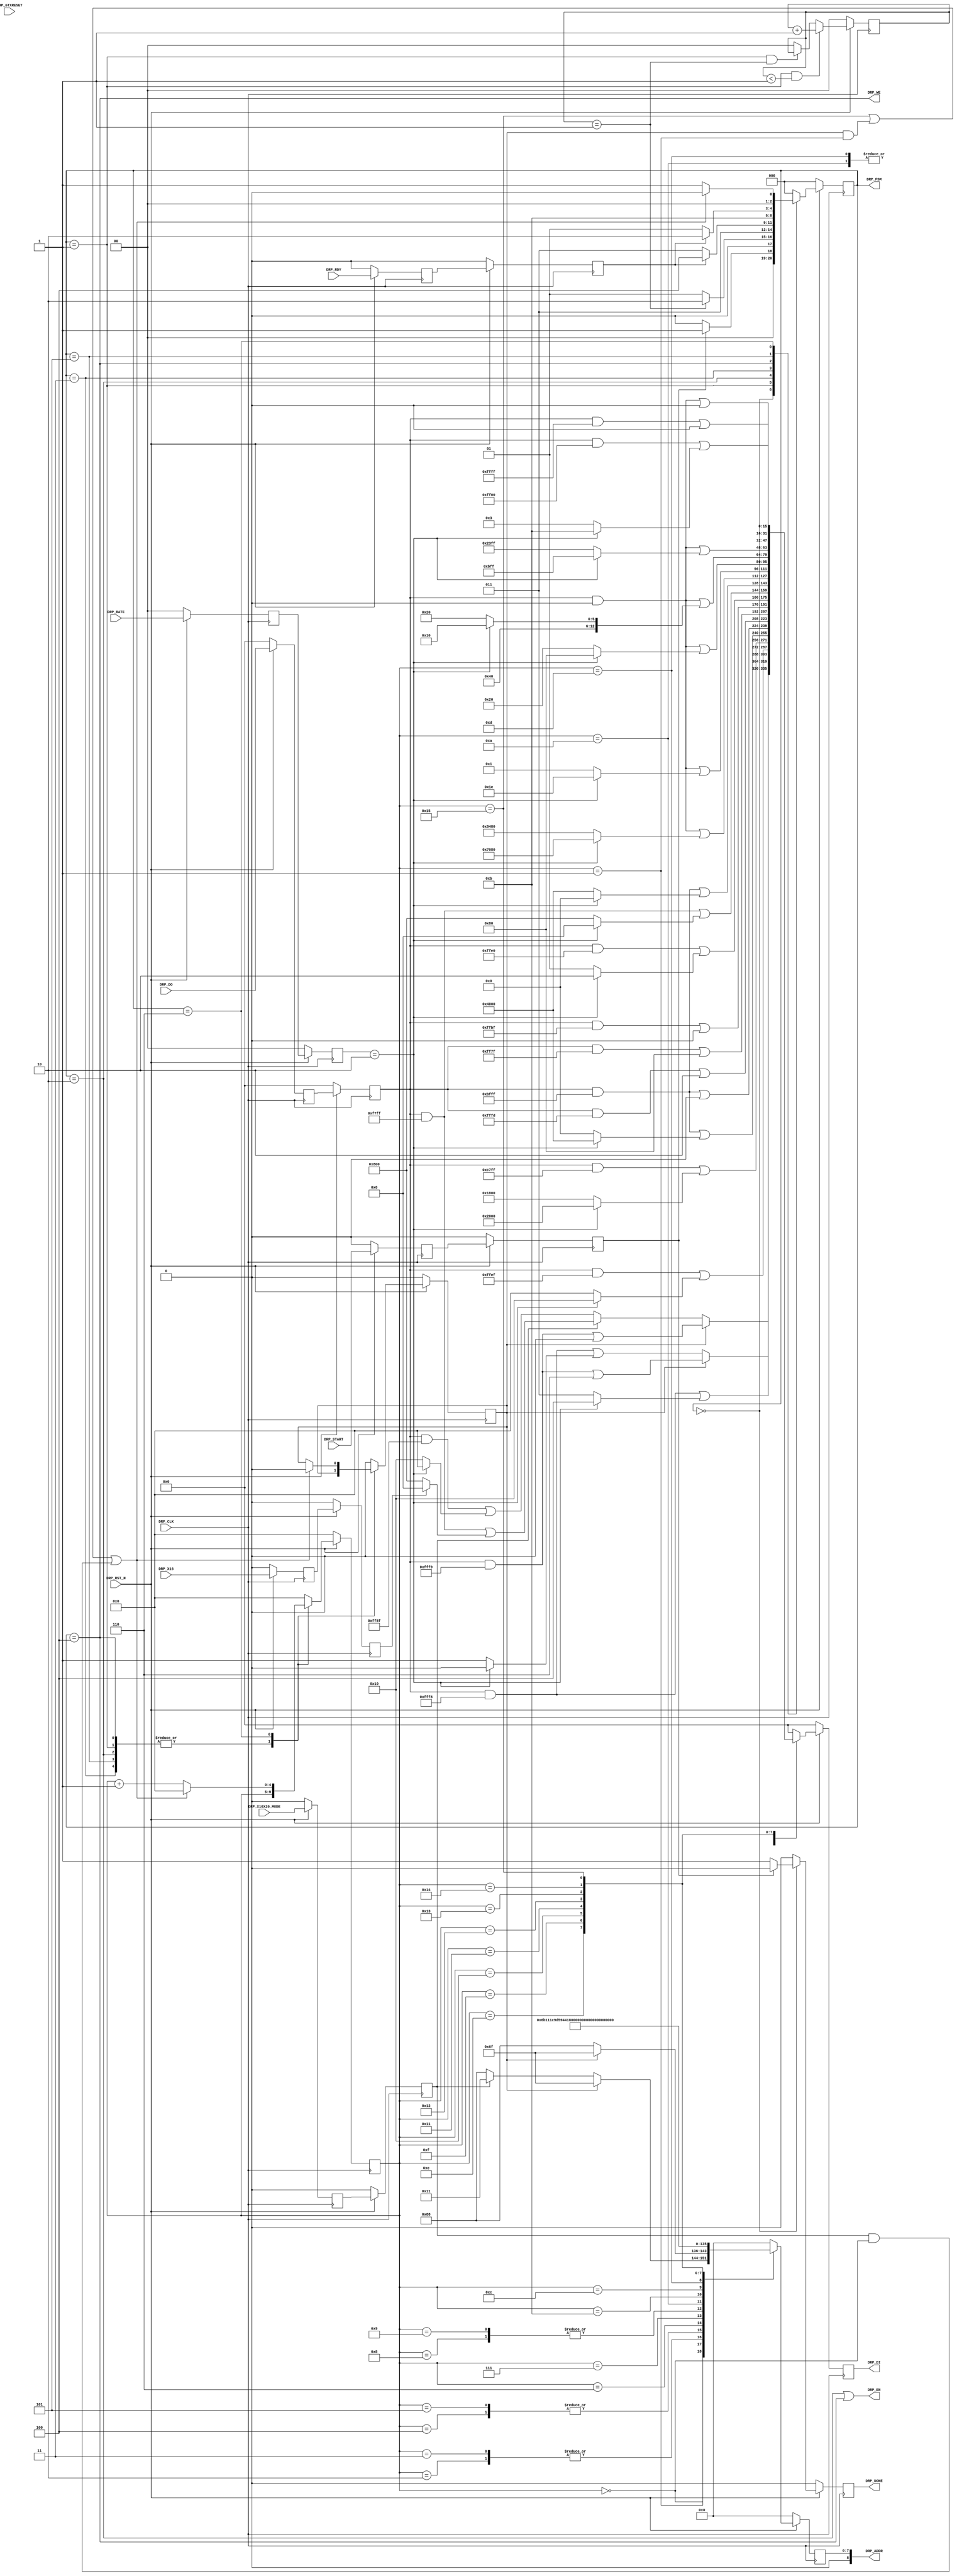
module PCIEBus_pipe_drp #
(
    parameter PCIE_GT_DEVICE       = "GTX",                                     // PCIe GT device
    parameter PCIE_USE_MODE        = "3.0",                                     // PCIe use mode
    parameter PCIE_ASYNC_EN        = "FALSE",                                   // PCIe async mode
    parameter PCIE_PLL_SEL         = "CPLL",                                    // PCIe PLL select for Gen1/Gen2 only
    parameter PCIE_AUX_CDR_GEN3_EN = "TRUE",                                    // PCIe AUX CDR Gen3 enable
    parameter PCIE_TXBUF_EN        = "FALSE",                                   // PCIe TX buffer enable for Gen1/Gen2 only
    parameter PCIE_RXBUF_EN        = "TRUE",                                    // PCIe RX buffer enable for Gen3      only
    parameter PCIE_TXSYNC_MODE     = 0,                                         // PCIe TX sync mode
    parameter PCIE_RXSYNC_MODE     = 0,                                         // PCIe RX sync mode
    parameter LOAD_CNT_MAX         = 2'd1,                                      // Load max count
    parameter INDEX_MAX            = 5'd21                                      // Index max count
)
(
    input               DRP_CLK,
    input               DRP_RST_N,
    input               DRP_GTXRESET,
    input       [ 1:0]  DRP_RATE,
    input               DRP_X16X20_MODE,
    input               DRP_X16,
    input               DRP_START,
    input       [15:0]  DRP_DO,
    input               DRP_RDY,
    output      [ 8:0]  DRP_ADDR,
    output              DRP_EN,
    output      [15:0]  DRP_DI,
    output              DRP_WE,
    output              DRP_DONE,
    output      [ 2:0]  DRP_FSM
);
(* ASYNC_REG = "TRUE", SHIFT_EXTRACT = "NO" *)    reg                 gtxreset_reg1;
(* ASYNC_REG = "TRUE", SHIFT_EXTRACT = "NO" *)    reg         [ 1:0]  rate_reg1;
(* ASYNC_REG = "TRUE", SHIFT_EXTRACT = "NO" *)    reg                 x16x20_mode_reg1;
(* ASYNC_REG = "TRUE", SHIFT_EXTRACT = "NO" *)    reg                 x16_reg1;
(* ASYNC_REG = "TRUE", SHIFT_EXTRACT = "NO" *)    reg                 start_reg1;
(* ASYNC_REG = "TRUE", SHIFT_EXTRACT = "NO" *)    reg         [15:0]  do_reg1;
(* ASYNC_REG = "TRUE", SHIFT_EXTRACT = "NO" *)    reg                 rdy_reg1;
(* ASYNC_REG = "TRUE", SHIFT_EXTRACT = "NO" *)    reg                 gtxreset_reg2;
(* ASYNC_REG = "TRUE", SHIFT_EXTRACT = "NO" *)    reg         [ 1:0]  rate_reg2;
(* ASYNC_REG = "TRUE", SHIFT_EXTRACT = "NO" *)    reg                 x16x20_mode_reg2;
(* ASYNC_REG = "TRUE", SHIFT_EXTRACT = "NO" *)    reg                 x16_reg2;
(* ASYNC_REG = "TRUE", SHIFT_EXTRACT = "NO" *)    reg                 start_reg2;
(* ASYNC_REG = "TRUE", SHIFT_EXTRACT = "NO" *)    reg         [15:0]  do_reg2;
(* ASYNC_REG = "TRUE", SHIFT_EXTRACT = "NO" *)    reg                 rdy_reg2;
    reg         [ 1:0]  load_cnt =  2'd0;
    reg         [ 4:0]  index    =  5'd0;
    reg                 mode     =  1'd0;
    reg         [ 8:0]  addr_reg =  9'd0;
    reg         [15:0]  di_reg   = 16'd0;
    reg                 done     =  1'd0;
    reg         [ 2:0]  fsm      =  0;
    //  DRP access for *RXCDR_EIDLE includes
    localparam          ADDR_PCS_RSVD_ATTR        = 9'h06F;
    localparam          ADDR_TXOUT_DIV            = 9'h088;
    localparam          ADDR_RXOUT_DIV            = 9'h088;
    localparam          ADDR_TX_DATA_WIDTH        = 9'h06B;
    localparam          ADDR_TX_INT_DATAWIDTH     = 9'h06B;
    localparam          ADDR_RX_DATA_WIDTH        = 9'h011;
    localparam          ADDR_RX_INT_DATAWIDTH     = 9'h011;
    localparam          ADDR_TXBUF_EN             = 9'h01C;
    localparam          ADDR_RXBUF_EN             = 9'h09D;
    localparam          ADDR_TX_XCLK_SEL          = 9'h059;
    localparam          ADDR_RX_XCLK_SEL          = 9'h059;
    localparam          ADDR_CLK_CORRECT_USE      = 9'h044;
    localparam          ADDR_TX_DRIVE_MODE        = 9'h019;
    localparam          ADDR_RXCDR_EIDLE          = 9'h0A7;
    localparam          ADDR_RX_DFE_LPM_EIDLE     = 9'h01E;
    localparam          ADDR_PMA_RSV_A            = 9'h099;
    localparam          ADDR_PMA_RSV_B            = 9'h09A;
    localparam          ADDR_RXCDR_CFG_A          = 9'h0A8;
    localparam          ADDR_RXCDR_CFG_B          = 9'h0A9;
    localparam          ADDR_RXCDR_CFG_C          = 9'h0AA;
    localparam          ADDR_RXCDR_CFG_D          = 9'h0AB;
    localparam          ADDR_RXCDR_CFG_E          = 9'h0AC;
    localparam          ADDR_RXCDR_CFG_F          = 9'h0AD;  // GTH only
    localparam          MASK_PCS_RSVD_ATTR        = 16'b1111111111111001;  // Unmask bit [ 2: 1]
    localparam          MASK_TXOUT_DIV            = 16'b1111111110001111;  // Unmask bit [ 6: 4]
    localparam          MASK_RXOUT_DIV            = 16'b1111111111111000;  // Unmask bit [ 2: 0]
    localparam          MASK_TX_DATA_WIDTH        = 16'b1111111111111000;  // Unmask bit [ 2: 0]
    localparam          MASK_TX_INT_DATAWIDTH     = 16'b1111111111101111;  // Unmask bit [    4]
    localparam          MASK_RX_DATA_WIDTH        = 16'b1100011111111111;  // Unmask bit [13:11]
    localparam          MASK_X16X20_RX_DATA_WIDTH = 16'b1111011111111111;  // Unmask bit [   11] // for x16 or x20 mode only
    localparam          MASK_RX_INT_DATAWIDTH     = 16'b1011111111111111;  // Unmask bit [   14]
    localparam          MASK_TXBUF_EN             = 16'b1011111111111111;  // Unmask bit [   14]
    localparam          MASK_RXBUF_EN             = 16'b1111111111111101;  // Unmask bit [    1]
    localparam          MASK_TX_XCLK_SEL          = 16'b1111111101111111;  // Unmask bit [    7]
    localparam          MASK_RX_XCLK_SEL          = 16'b1111111110111111;  // Unmask bit [    6]
    localparam          MASK_CLK_CORRECT_USE      = 16'b1011111111111111;  // Unmask bit [   14]
    localparam          MASK_TX_DRIVE_MODE        = 16'b1111111111100000;  // Unmask bit [  4:0]
    localparam          MASK_RXCDR_EIDLE          = 16'b1111011111111111;  // Unmask bit [   11]
    localparam          MASK_RX_DFE_LPM_EIDLE     = 16'b1011111111111111;  // Unmask bit [   14]
    localparam          MASK_PMA_RSV_A            = 16'b0000000000000000;  // Unmask bit [15: 0]
    localparam          MASK_PMA_RSV_B            = 16'b0000000000000000;  // Unmask bit [15: 0]
    localparam          MASK_RXCDR_CFG_A          = 16'b0000000000000000;  // Unmask bit [15: 0]
    localparam          MASK_RXCDR_CFG_B          = 16'b0000000000000000;  // Unmask bit [15: 0]
    localparam          MASK_RXCDR_CFG_C          = 16'b0000000000000000;  // Unmask bit [15: 0]
    localparam          MASK_RXCDR_CFG_D          = 16'b0000000000000000;  // Unmask bit [15: 0]
    localparam          MASK_RXCDR_CFG_E_GTX      = 16'b1111111100000000;  // Unmask bit [ 7: 0]
    localparam          MASK_RXCDR_CFG_E_GTH      = 16'b0000000000000000;  // Unmask bit [15: 0]
    localparam          MASK_RXCDR_CFG_F_GTX      = 16'b1111111111111111;  // Unmask bit [     ]
    localparam          MASK_RXCDR_CFG_F_GTH      = 16'b1111111111111000;  // Unmask bit [ 2: 0]
    localparam          GEN12_TXOUT_DIV           = (PCIE_PLL_SEL == "QPLL") ? 16'b0000000000100000 : 16'b0000000000010000;  // Divide by 4 or 2
    localparam          GEN12_RXOUT_DIV           = (PCIE_PLL_SEL == "QPLL") ? 16'b0000000000000010 : 16'b0000000000000001;  // Divide by 4 or 2
    localparam          GEN12_TX_DATA_WIDTH       = 16'b0000000000000011;  // 2-byte (16-bit) external data width
    localparam          GEN12_TX_INT_DATAWIDTH    = 16'b0000000000000000;  // 2-byte (20-bit) internal data width
    localparam          GEN12_RX_DATA_WIDTH       = 16'b0001100000000000;  // 2-byte (16-bit) external data width
    localparam          GEN12_RX_INT_DATAWIDTH    = 16'b0000000000000000;  // 2-byte (20-bit) internal data width
    localparam          GEN12_TXBUF_EN            = 16'b0100000000000000;  // Use TX buffer if PCIE_TXBUF_EN == "TRUE"
    localparam          GEN12_RXBUF_EN            = 16'b0000000000000010;  // Use RX buffer
    localparam          GEN12_TX_XCLK_SEL         = 16'b0000000000000000;  // Use TXOUT if PCIE_TXBUF_EN == "TRUE"
    localparam          GEN12_RX_XCLK_SEL         = 16'b0000000000000000;  // Use RXREC
    localparam          GEN12_CLK_CORRECT_USE     = 16'b0100000000000000;  // Use clock correction
    localparam          GEN12_TX_DRIVE_MODE       = 16'b0000000000000001;  // Use PIPE   Gen1 and Gen2 mode
    localparam          GEN12_RXCDR_EIDLE         = 16'b0000100000000000;  // Hold RXCDR during electrical idle
    localparam          GEN12_RX_DFE_LPM_EIDLE    = 16'b0100000000000000;  // Hold RX DFE or LPM during electrical idle
    localparam          GEN12_PMA_RSV_A_GTX       = 16'b1000010010000000;  // 16'h8480
    localparam          GEN12_PMA_RSV_B_GTX       = 16'b0000000000000001;  // 16'h0001
    localparam          GEN12_PMA_RSV_A_GTH       = 16'b0000000000001000;  // 16'h0008
    localparam          GEN12_PMA_RSV_B_GTH       = 16'b0000000000000000;  // 16'h0000
    localparam          GEN12_RXCDR_CFG_A_GTX     = 16'h0020;              // 16'h0020
    localparam          GEN12_RXCDR_CFG_B_GTX     = 16'h1020;              // 16'h1020
    localparam          GEN12_RXCDR_CFG_C_GTX     = 16'h23FF;              // 16'h23FF
    localparam          GEN12_RXCDR_CFG_D_GTX_S   = 16'h0000;              // 16'h0000 Sync
    localparam          GEN12_RXCDR_CFG_D_GTX_A   = 16'h8000;              // 16'h8000 Async
    localparam          GEN12_RXCDR_CFG_E_GTX     = 16'h0003;              // 16'h0003
    localparam          GEN12_RXCDR_CFG_F_GTX     = 16'h0000;              // 16'h0000
    localparam          GEN12_RXCDR_CFG_A_GTH_S   = 16'h0018;              // 16'h0018 Sync
    localparam          GEN12_RXCDR_CFG_A_GTH_A   = 16'h8018;              // 16'h8018 Async
    localparam          GEN12_RXCDR_CFG_B_GTH     = 16'hC208;              // 16'hC208
    localparam          GEN12_RXCDR_CFG_C_GTH     = 16'h2000;              // 16'h2000
    localparam          GEN12_RXCDR_CFG_D_GTH     = 16'h07FE;              // 16'h07FE
    localparam          GEN12_RXCDR_CFG_E_GTH     = 16'h0020;              // 16'h0020
    localparam          GEN12_RXCDR_CFG_F_GTH     = 16'h0000;              // 16'h0000
    localparam          GEN3_TXOUT_DIV            = 16'b0000000000000000;  // Divide by 1
    localparam          GEN3_RXOUT_DIV            = 16'b0000000000000000;  // Divide by 1
    localparam          GEN3_TX_DATA_WIDTH        = 16'b0000000000000100;  // 4-byte (32-bit) external data width
    localparam          GEN3_TX_INT_DATAWIDTH     = 16'b0000000000010000;  // 4-byte (32-bit) internal data width
    localparam          GEN3_RX_DATA_WIDTH        = 16'b0010000000000000;  // 4-byte (32-bit) external data width
    localparam          GEN3_RX_INT_DATAWIDTH     = 16'b0100000000000000;  // 4-byte (32-bit) internal data width
    localparam          GEN3_TXBUF_EN             = 16'b0000000000000000;  // Bypass TX buffer
    localparam          GEN3_RXBUF_EN             = 16'b0000000000000000;  // Bypass RX buffer
    localparam          GEN3_TX_XCLK_SEL          = 16'b0000000010000000;  // Use TXUSR
    localparam          GEN3_RX_XCLK_SEL          = 16'b0000000001000000;  // Use RXUSR
    localparam          GEN3_CLK_CORRECT_USE      = 16'b0000000000000000;  // Bypass clock correction
    localparam          GEN3_TX_DRIVE_MODE        = 16'b0000000000000010;  // Use PIPE Gen3 mode
    localparam          GEN3_RXCDR_EIDLE          = 16'b0000000000000000;  // Disable Hold RXCDR during electrical idle
    localparam          GEN3_RX_DFE_LPM_EIDLE     = 16'b0000000000000000;  // Disable RX DFE or LPM during electrical idle
    localparam          GEN3_PMA_RSV_A_GTX        = 16'b0111000010000000;  // 16'h7080
    localparam          GEN3_PMA_RSV_B_GTX        = 16'b0000000000011110;  // 16'h001E
    localparam          GEN3_PMA_RSV_A_GTH        = 16'b0000000000001000;  // 16'h0008
    localparam          GEN3_PMA_RSV_B_GTH        = 16'b0000000000000000;  // 16'h0000
    localparam          GEN3_RXCDR_CFG_A_GTX      = 16'h0080;              // 16'h0080
    localparam          GEN3_RXCDR_CFG_B_GTX      = 16'h1010;              // 16'h1010
    localparam          GEN3_RXCDR_CFG_C_GTX      = 16'h0BFF;              // 16'h0BFF
    localparam          GEN3_RXCDR_CFG_D_GTX_S    = 16'h0000;              // 16'h0000 Sync
    localparam          GEN3_RXCDR_CFG_D_GTX_A    = 16'h8000;              // 16'h8000 Async
    localparam          GEN3_RXCDR_CFG_E_GTX      = 16'h000B;              // 16'h000B
    localparam          GEN3_RXCDR_CFG_F_GTX      = 16'h0000;              // 16'h0000
  //localparam          GEN3_RXCDR_CFG_A_GTH_S    = 16'h0018;              // 16'h0018 Sync
  //localparam          GEN3_RXCDR_CFG_A_GTH_A    = 16'h8018;              // 16'h8018 Async
  //localparam          GEN3_RXCDR_CFG_B_GTH      = 16'hC208;              // 16'hC848
  //localparam          GEN3_RXCDR_CFG_C_GTH      = 16'h2000;              // 16'h1000
  //localparam          GEN3_RXCDR_CFG_D_GTH      = 16'h07FE;              // 16'h07FE v1.0 silicon
  //localparam          GEN3_RXCDR_CFG_D_GTH_AUX  = 16'h0FFE;              // 16'h07FE v2.0 silicon, [62:59] AUX CDR configuration
  //localparam          GEN3_RXCDR_CFG_E_GTH      = 16'h0020;              // 16'h0010
  //localparam          GEN3_RXCDR_CFG_F_GTH      = 16'h0000;              // 16'h0000 v1.0 silicon
  //localparam          GEN3_RXCDR_CFG_F_GTH_AUX  = 16'h0002;              // 16'h0000 v2.0 silicon, [81] AUX CDR enable
    localparam          GEN3_RXCDR_CFG_A_GTH_S    = 16'h0018;              // 16'h0018 Sync
    localparam          GEN3_RXCDR_CFG_A_GTH_A    = 16'h8018;              // 16'h8018 Async
    localparam          GEN3_RXCDR_CFG_B_GTH      = 16'hC848;              // 16'hC848
    localparam          GEN3_RXCDR_CFG_C_GTH      = 16'h1000;              // 16'h1000
    localparam          GEN3_RXCDR_CFG_D_GTH      = 16'h07FE;              // 16'h07FE v1.0 silicon
    localparam          GEN3_RXCDR_CFG_D_GTH_AUX  = 16'h0FFE;              // 16'h07FE v2.0 silicon, [62:59] AUX CDR configuration
    localparam          GEN3_RXCDR_CFG_E_GTH      = 16'h0010;              // 16'h0010
    localparam          GEN3_RXCDR_CFG_F_GTH      = 16'h0000;              // 16'h0000 v1.0 silicon
    localparam          GEN3_RXCDR_CFG_F_GTH_AUX  = 16'h0002;              // 16'h0000 v2.0 silicon, [81] AUX CDR enable
    localparam          GEN123_PCS_RSVD_ATTR_A    = 16'b0000000000000000;  // Auto TX and RX sync mode
    localparam          GEN123_PCS_RSVD_ATTR_M_TX = 16'b0000000000000010;  // Manual TX sync mode
    localparam          GEN123_PCS_RSVD_ATTR_M_RX = 16'b0000000000000100;  // Manual RX sync mode
    localparam          X16_RX_DATAWIDTH   = 16'b0000000000000000;  // 2-byte (16-bit) internal data width
    localparam          X20_RX_DATAWIDTH   = 16'b0000100000000000;  // 2-byte (20-bit) internal data width
    wire        [15:0]  data_txout_div;
    wire        [15:0]  data_rxout_div;
    wire        [15:0]  data_tx_data_width;
    wire        [15:0]  data_tx_int_datawidth;
    wire        [15:0]  data_rx_data_width;
    wire        [15:0]  data_rx_int_datawidth;
    wire        [15:0]  data_txbuf_en;
    wire        [15:0]  data_rxbuf_en;
    wire        [15:0]  data_tx_xclk_sel;
    wire        [15:0]  data_rx_xclk_sel;
    wire        [15:0]  data_clk_correction_use;
    wire        [15:0]  data_tx_drive_mode;
    wire        [15:0]  data_rxcdr_eidle;
    wire        [15:0]  data_rx_dfe_lpm_eidle;
    wire        [15:0]  data_pma_rsv_a;
    wire        [15:0]  data_pma_rsv_b;
    wire        [15:0]  data_rxcdr_cfg_a;
    wire        [15:0]  data_rxcdr_cfg_b;
    wire        [15:0]  data_rxcdr_cfg_c;
    wire        [15:0]  data_rxcdr_cfg_d;
    wire        [15:0]  data_rxcdr_cfg_e;
    wire        [15:0]  data_rxcdr_cfg_f;
    wire        [15:0]  data_pcs_rsvd_attr_a;
    wire        [15:0]  data_pcs_rsvd_attr_m_tx;
    wire        [15:0]  data_pcs_rsvd_attr_m_rx;
    wire        [15:0]  data_pcs_rsvd_attr_m;
    wire        [15:0]  data_x16x20_rx_datawidth;
    localparam          FSM_IDLE  = 0;
    localparam          FSM_LOAD  = 1;
    localparam          FSM_READ  = 2;
    localparam          FSM_RRDY  = 3;
    localparam          FSM_WRITE = 4;
    localparam          FSM_WRDY  = 5;
    localparam          FSM_DONE  = 6;
always @ (posedge DRP_CLK)
begin
    if (!DRP_RST_N)
        begin
        gtxreset_reg1    <=  1'd0;
        rate_reg1        <=  2'd0;
        x16x20_mode_reg1 <=  1'd0;
        x16_reg1         <=  1'd0;
        do_reg1          <= 16'd0;
        rdy_reg1         <=  1'd0;
        start_reg1       <=  1'd0;
        gtxreset_reg2    <=  1'd0;
        rate_reg2        <=  2'd0;
        x16x20_mode_reg2 <=  1'd0;
        x16_reg2         <=  1'd0;
        do_reg2          <= 16'd0;
        rdy_reg2         <=  1'd0;
        start_reg2       <=  1'd0;
        end
    else
        begin
        gtxreset_reg1    <= DRP_GTXRESET;
        rate_reg1        <= DRP_RATE;
        x16x20_mode_reg1 <= DRP_X16X20_MODE;
        x16_reg1         <= DRP_X16;
        do_reg1          <= DRP_DO;
        rdy_reg1         <= DRP_RDY;
        start_reg1       <= DRP_START;
        gtxreset_reg2    <= gtxreset_reg1;
        rate_reg2        <= rate_reg1;
        x16x20_mode_reg2 <= x16x20_mode_reg1;
        x16_reg2         <= x16_reg1;
        do_reg2          <= do_reg1;
        rdy_reg2         <= rdy_reg1;
        start_reg2       <= start_reg1;
        end
end
assign data_txout_div          =  (rate_reg2 == 2'd2)                                ? GEN3_TXOUT_DIV        : GEN12_TXOUT_DIV;
assign data_rxout_div          =  (rate_reg2 == 2'd2)                                ? GEN3_RXOUT_DIV        : GEN12_RXOUT_DIV;
assign data_tx_data_width      =  (rate_reg2 == 2'd2)                                ? GEN3_TX_DATA_WIDTH    : GEN12_TX_DATA_WIDTH;
assign data_tx_int_datawidth   =  (rate_reg2 == 2'd2)                                ? GEN3_TX_INT_DATAWIDTH : GEN12_TX_INT_DATAWIDTH;
assign data_rx_data_width      =  (rate_reg2 == 2'd2)                                ? GEN3_RX_DATA_WIDTH    : GEN12_RX_DATA_WIDTH;
assign data_rx_int_datawidth   =  (rate_reg2 == 2'd2)                                ? GEN3_RX_INT_DATAWIDTH : GEN12_RX_INT_DATAWIDTH;
assign data_txbuf_en           = ((rate_reg2 == 2'd2) || (PCIE_TXBUF_EN == "FALSE")) ? GEN3_TXBUF_EN         : GEN12_TXBUF_EN;
assign data_rxbuf_en           = ((rate_reg2 == 2'd2) && (PCIE_RXBUF_EN == "FALSE")) ? GEN3_RXBUF_EN         : GEN12_RXBUF_EN;
assign data_tx_xclk_sel        = ((rate_reg2 == 2'd2) || (PCIE_TXBUF_EN == "FALSE")) ? GEN3_TX_XCLK_SEL      : GEN12_TX_XCLK_SEL;
assign data_rx_xclk_sel        = ((rate_reg2 == 2'd2) && (PCIE_RXBUF_EN == "FALSE")) ? GEN3_RX_XCLK_SEL      : GEN12_RX_XCLK_SEL;
assign data_clk_correction_use =  (rate_reg2 == 2'd2)                                ? GEN3_CLK_CORRECT_USE  : GEN12_CLK_CORRECT_USE;
assign data_tx_drive_mode      =  (rate_reg2 == 2'd2)                                ? GEN3_TX_DRIVE_MODE    : GEN12_TX_DRIVE_MODE;
assign data_rxcdr_eidle        =  (rate_reg2 == 2'd2)                                ? GEN3_RXCDR_EIDLE      : GEN12_RXCDR_EIDLE;
assign data_rx_dfe_lpm_eidle   =  (rate_reg2 == 2'd2)                                ? GEN3_RX_DFE_LPM_EIDLE : GEN12_RX_DFE_LPM_EIDLE;
assign data_pma_rsv_a          =  (rate_reg2 == 2'd2)                                ? ((PCIE_GT_DEVICE == "GTH") ? GEN3_PMA_RSV_A_GTH  : GEN3_PMA_RSV_A_GTX) :
                                                                                       ((PCIE_GT_DEVICE == "GTH") ? GEN12_PMA_RSV_A_GTH : GEN12_PMA_RSV_A_GTX);
assign data_pma_rsv_b          =  (rate_reg2 == 2'd2)                                ? ((PCIE_GT_DEVICE == "GTH") ? GEN3_PMA_RSV_B_GTH  : GEN3_PMA_RSV_B_GTX) :
                                                                                       ((PCIE_GT_DEVICE == "GTH") ? GEN12_PMA_RSV_B_GTH : GEN12_PMA_RSV_B_GTX);
assign data_rxcdr_cfg_a = (rate_reg2 == 2'd2) ? ((PCIE_GT_DEVICE == "GTH") ? ((PCIE_ASYNC_EN == "TRUE") ? GEN3_RXCDR_CFG_A_GTH_A  : GEN3_RXCDR_CFG_A_GTH_S)  : GEN3_RXCDR_CFG_A_GTX) :
                                                ((PCIE_GT_DEVICE == "GTH") ? ((PCIE_ASYNC_EN == "TRUE") ? GEN12_RXCDR_CFG_A_GTH_A : GEN12_RXCDR_CFG_A_GTH_S) : GEN12_RXCDR_CFG_A_GTX);
assign data_rxcdr_cfg_b = (rate_reg2 == 2'd2) ? ((PCIE_GT_DEVICE == "GTH") ?  GEN3_RXCDR_CFG_B_GTH  : GEN3_RXCDR_CFG_B_GTX) :
                                                ((PCIE_GT_DEVICE == "GTH") ?  GEN12_RXCDR_CFG_B_GTH : GEN12_RXCDR_CFG_B_GTX);
assign data_rxcdr_cfg_c = (rate_reg2 == 2'd2) ? ((PCIE_GT_DEVICE == "GTH") ?  GEN3_RXCDR_CFG_C_GTH  : GEN3_RXCDR_CFG_C_GTX) :
                                                ((PCIE_GT_DEVICE == "GTH") ?  GEN12_RXCDR_CFG_C_GTH : GEN12_RXCDR_CFG_C_GTX);
assign data_rxcdr_cfg_d = (rate_reg2 == 2'd2) ? ((PCIE_GT_DEVICE == "GTH") ?  ((PCIE_AUX_CDR_GEN3_EN == "TRUE") ? GEN3_RXCDR_CFG_D_GTH_AUX : GEN3_RXCDR_CFG_D_GTH) : ((PCIE_ASYNC_EN == "TRUE") ? GEN3_RXCDR_CFG_D_GTX_A : GEN3_RXCDR_CFG_D_GTX_S)) :
                                                ((PCIE_GT_DEVICE == "GTH") ?  GEN12_RXCDR_CFG_D_GTH : ((PCIE_ASYNC_EN == "TRUE") ? GEN3_RXCDR_CFG_D_GTX_A : GEN3_RXCDR_CFG_D_GTX_S));
assign data_rxcdr_cfg_e = (rate_reg2 == 2'd2) ? ((PCIE_GT_DEVICE == "GTH") ?  GEN3_RXCDR_CFG_E_GTH  : GEN3_RXCDR_CFG_E_GTX) :
                                                ((PCIE_GT_DEVICE == "GTH") ?  GEN12_RXCDR_CFG_E_GTH : GEN12_RXCDR_CFG_E_GTX);
assign data_rxcdr_cfg_f = (rate_reg2 == 2'd2) ? ((PCIE_GT_DEVICE == "GTH") ?  ((PCIE_AUX_CDR_GEN3_EN == "TRUE") ? GEN3_RXCDR_CFG_F_GTH_AUX : GEN3_RXCDR_CFG_F_GTH) : GEN3_RXCDR_CFG_F_GTX) :
                                                ((PCIE_GT_DEVICE == "GTH") ?  GEN12_RXCDR_CFG_F_GTH : GEN12_RXCDR_CFG_F_GTX);
assign data_pcs_rsvd_attr_a    = GEN123_PCS_RSVD_ATTR_A;
assign data_pcs_rsvd_attr_m_tx = PCIE_TXSYNC_MODE ? GEN123_PCS_RSVD_ATTR_A : GEN123_PCS_RSVD_ATTR_M_TX;
assign data_pcs_rsvd_attr_m_rx = PCIE_RXSYNC_MODE ? GEN123_PCS_RSVD_ATTR_A : GEN123_PCS_RSVD_ATTR_M_RX;
assign data_pcs_rsvd_attr_m    = data_pcs_rsvd_attr_m_tx | data_pcs_rsvd_attr_m_rx;
assign data_x16x20_rx_datawidth = x16_reg2 ? X16_RX_DATAWIDTH : X20_RX_DATAWIDTH;
always @ (posedge DRP_CLK)
begin
    if (!DRP_RST_N)
        load_cnt <= 2'd0;
    else
        if ((fsm == FSM_LOAD) && (load_cnt < LOAD_CNT_MAX))
            load_cnt <= load_cnt + 2'd1;
        else if ((fsm == FSM_LOAD) && (load_cnt == LOAD_CNT_MAX))
            load_cnt <= load_cnt;
        else
            load_cnt <= 2'd0;
end
always @ (posedge DRP_CLK)
begin
    if (!DRP_RST_N)
        begin
        addr_reg <=  9'd0;
        di_reg   <= 16'd0;
        end
    else
        begin
        case (index)
        5'd0:
            begin
            addr_reg <= mode             ? ADDR_PCS_RSVD_ATTR :
                        x16x20_mode_reg2 ? ADDR_RX_DATA_WIDTH : ADDR_TXOUT_DIV;
            di_reg   <= mode             ? ((do_reg2 & MASK_PCS_RSVD_ATTR)        | data_pcs_rsvd_attr_a) :
                        x16x20_mode_reg2 ? ((do_reg2 & MASK_X16X20_RX_DATA_WIDTH) | data_x16x20_rx_datawidth) :
                                           ((do_reg2 & MASK_TXOUT_DIV)            | data_txout_div);
            end
        5'd1:
            begin
            addr_reg <= mode ? ADDR_PCS_RSVD_ATTR : ADDR_RXOUT_DIV;
            di_reg   <= mode ? ((do_reg2 & MASK_PCS_RSVD_ATTR)  | data_pcs_rsvd_attr_m) :
                               ((do_reg2 & MASK_RXOUT_DIV)      | data_rxout_div);
            end
        5'd2 :
            begin
            addr_reg <= ADDR_TX_DATA_WIDTH;
            di_reg   <= (do_reg2 & MASK_TX_DATA_WIDTH) | data_tx_data_width;
            end
        5'd3 :
            begin
            addr_reg <= ADDR_TX_INT_DATAWIDTH;
            di_reg   <= (do_reg2 & MASK_TX_INT_DATAWIDTH) | data_tx_int_datawidth;
            end
        5'd4 :
            begin
            addr_reg <= ADDR_RX_DATA_WIDTH;
            di_reg   <= (do_reg2 & MASK_RX_DATA_WIDTH) | data_rx_data_width;
            end
        5'd5 :
            begin
            addr_reg <= ADDR_RX_INT_DATAWIDTH;
            di_reg   <= (do_reg2 & MASK_RX_INT_DATAWIDTH) | data_rx_int_datawidth;
            end
        5'd6 :
            begin
            addr_reg <= ADDR_TXBUF_EN;
            di_reg   <= (do_reg2 & MASK_TXBUF_EN) | data_txbuf_en;
            end
        5'd7 :
            begin
            addr_reg <= ADDR_RXBUF_EN;
            di_reg   <= (do_reg2 & MASK_RXBUF_EN) | data_rxbuf_en;
            end
        5'd8 :
            begin
            addr_reg <= ADDR_TX_XCLK_SEL;
            di_reg   <= (do_reg2 & MASK_TX_XCLK_SEL) | data_tx_xclk_sel;
            end
        5'd9 :
            begin
            addr_reg <= ADDR_RX_XCLK_SEL;
            di_reg   <= (do_reg2 & MASK_RX_XCLK_SEL) | data_rx_xclk_sel;
            end
        5'd10 :
            begin
            addr_reg <= ADDR_CLK_CORRECT_USE;
            di_reg   <= (do_reg2 & MASK_CLK_CORRECT_USE) | data_clk_correction_use;
            end
        5'd11 :
            begin
            addr_reg <= ADDR_TX_DRIVE_MODE;
            di_reg   <= (do_reg2 & MASK_TX_DRIVE_MODE) | data_tx_drive_mode;
            end
        5'd12 :
            begin
            addr_reg <= ADDR_RXCDR_EIDLE;
            di_reg   <= (do_reg2 & MASK_RXCDR_EIDLE) | data_rxcdr_eidle;
            end
        5'd13 :
            begin
            addr_reg <= ADDR_RX_DFE_LPM_EIDLE;
            di_reg   <= (do_reg2 & MASK_RX_DFE_LPM_EIDLE) | data_rx_dfe_lpm_eidle;
            end
        5'd14 :
            begin
            addr_reg <= ADDR_PMA_RSV_A;
            di_reg   <= (do_reg2 & MASK_PMA_RSV_A) | data_pma_rsv_a;
            end
        5'd15 :
            begin
            addr_reg <= ADDR_PMA_RSV_B;
            di_reg   <= (do_reg2 & MASK_PMA_RSV_B) | data_pma_rsv_b;
            end
        5'd16 :
            begin
            addr_reg <= ADDR_RXCDR_CFG_A;
            di_reg   <= (do_reg2 & MASK_RXCDR_CFG_A) | data_rxcdr_cfg_a;
            end
        5'd17 :
            begin
            addr_reg <= ADDR_RXCDR_CFG_B;
            di_reg   <= (do_reg2 & MASK_RXCDR_CFG_B) | data_rxcdr_cfg_b;
            end
        5'd18 :
            begin
            addr_reg <= ADDR_RXCDR_CFG_C;
            di_reg   <= (do_reg2 & MASK_RXCDR_CFG_C) | data_rxcdr_cfg_c;
            end
        5'd19 :
            begin
            addr_reg <= ADDR_RXCDR_CFG_D;
            di_reg   <= (do_reg2 & MASK_RXCDR_CFG_D) | data_rxcdr_cfg_d;
            end
        5'd20 :
            begin
            addr_reg <= ADDR_RXCDR_CFG_E;
            di_reg   <= (do_reg2 & ((PCIE_GT_DEVICE == "GTH") ? MASK_RXCDR_CFG_E_GTH : MASK_RXCDR_CFG_E_GTX)) | data_rxcdr_cfg_e;
            end
        5'd21 :
            begin
            addr_reg <= ADDR_RXCDR_CFG_F;
            di_reg   <= (do_reg2 & ((PCIE_GT_DEVICE == "GTH") ? MASK_RXCDR_CFG_F_GTH : MASK_RXCDR_CFG_F_GTX)) | data_rxcdr_cfg_f;
            end
        default :
            begin
            addr_reg <=  9'd0;
            di_reg   <= 16'd0;
            end
        endcase
        end
end
always @ (posedge DRP_CLK)
begin
    if (!DRP_RST_N)
        begin
        fsm   <= FSM_IDLE;
        index <= 5'd0;
        mode  <= 1'd0;
        done  <= 1'd0;
        end
    else
        begin
        case (fsm)
        FSM_IDLE :
            begin
            if (start_reg2)
                begin
                fsm   <= FSM_LOAD;
                index <= 5'd0;
                mode  <= 1'd0;
                done  <= 1'd0;
                end
            else if ((gtxreset_reg2 && !gtxreset_reg1) && ((PCIE_TXSYNC_MODE == 0) || (PCIE_RXSYNC_MODE == 0)) && (PCIE_USE_MODE == "1.0"))
                begin
                fsm   <= FSM_LOAD;
                index <= 5'd0;
                mode  <= 1'd1;
                done  <= 1'd0;
                end
            else
                begin
                fsm   <= FSM_IDLE;
                index <= 5'd0;
                mode  <= 1'd0;
                done  <= 1'd1;
                end
            end
        FSM_LOAD :
            begin
            fsm   <= (load_cnt == LOAD_CNT_MAX) ? FSM_READ : FSM_LOAD;
            index <= index;
            mode  <= mode;
            done  <= 1'd0;
            end
        FSM_READ :
            begin
            fsm   <= FSM_RRDY;
            index <= index;
            mode  <= mode;
            done  <= 1'd0;
            end
        FSM_RRDY :
            begin
            fsm   <= rdy_reg2 ? FSM_WRITE : FSM_RRDY;
            index <= index;
            mode  <= mode;
            done  <= 1'd0;
            end
        FSM_WRITE :
            begin
            fsm   <= FSM_WRDY;
            index <= index;
            mode  <= mode;
            done  <= 1'd0;
            end
        FSM_WRDY :
            begin
            fsm   <= rdy_reg2 ? FSM_DONE : FSM_WRDY;
            index <= index;
            mode  <= mode;
            done  <= 1'd0;
            end
        FSM_DONE :
            begin
            if ((index == INDEX_MAX) || (mode && (index == 5'd1)) || (x16x20_mode_reg2 && (index == 5'd0)))
                begin
                fsm   <= FSM_IDLE;
                index <= 5'd0;
                mode  <= 1'd0;
                done  <= 1'd0;
                end
            else
                begin
                fsm   <= FSM_LOAD;
                index <= index + 5'd1;
                mode  <= mode;
                done  <= 1'd0;
                end
            end
        default :
            begin
            fsm   <= FSM_IDLE;
            index <= 5'd0;
            mode  <= 1'd0;
            done  <= 1'd0;
            end
        endcase
        end
end
assign DRP_ADDR = addr_reg;
assign DRP_EN   = (fsm == FSM_READ) || (fsm == FSM_WRITE);
assign DRP_DI   = di_reg;
assign DRP_WE   = (fsm == FSM_WRITE);
assign DRP_DONE = done;
assign DRP_FSM  = fsm;
endmodule